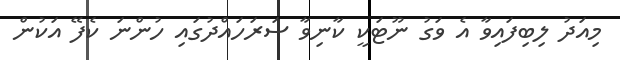
މިއަދު ލިބިފައިވާ އެ ވަގު ނޫޓަކީ ކާނިވާ ސަރަހައްދުގައި ހުންނަ ކެފޭ އަކުން